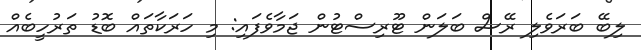
ލިބޭ ބަރަވެލި ރޭސް ބަލަން ޓޫރިސްޓުން ޖަމާވެފައި: މި ހަރަކާތައް ބޮޑު ތަރުހީބެއް